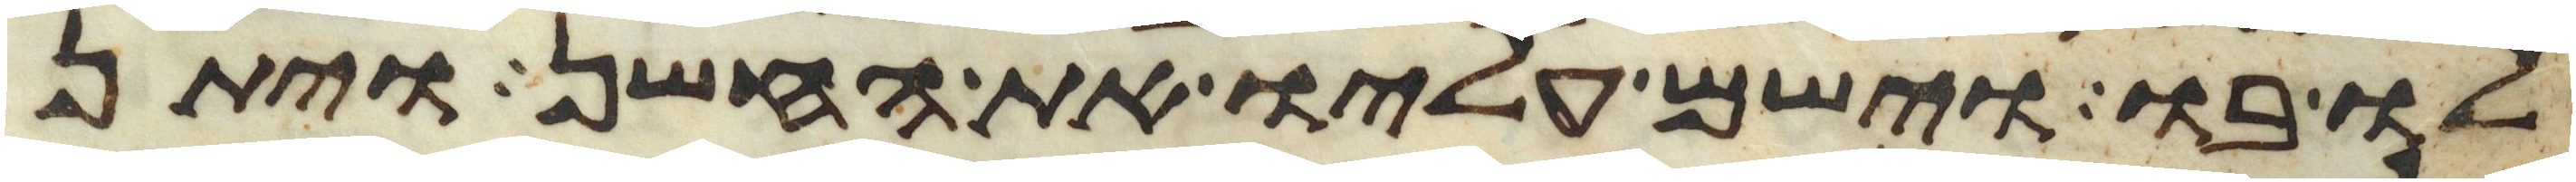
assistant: לו בו וישם עליו את החשן ויתן